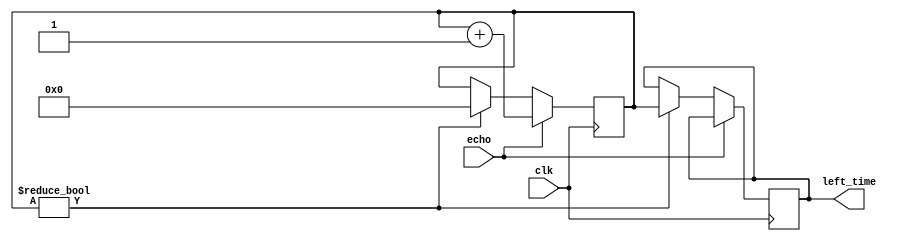
module avoid_obstacle_left(clk,echo,left_time);//,
input clk,echo;	//
output reg [19:0]left_time;	//

reg [19:0]count;

always@(posedge clk)
begin
	if(echo)
	begin
		count<=count+1;
	end
	else
	begin
		if(count!=0)
		begin
		left_time<=count;//00
			count<=0;
		end
		else
		begin
//		left_time<=0;	//0000
		end
	end
end
endmodule